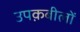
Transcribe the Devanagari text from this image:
उपक़बीलों